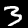
Digit: 3